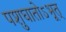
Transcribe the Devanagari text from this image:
पशुघातोऽभूत्‌